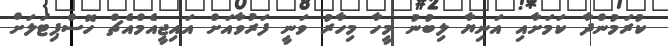
ކުރަމުންދާ ކަމަށާއި އަނިޔާ ލިބުނު މީހާ މިހާރު ވަނީ ފަރުވާއަށް އައިޖީއެމްއެޗް ހޮސްޕިޓަލަށް